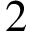
2